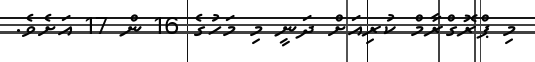
މި ޕްރޮގްރާމް ކުރިއަށް ދަނީ މި މަހުގެ 16 ން 17 އަށެވެ.